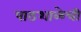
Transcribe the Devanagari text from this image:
पाठशाळेची